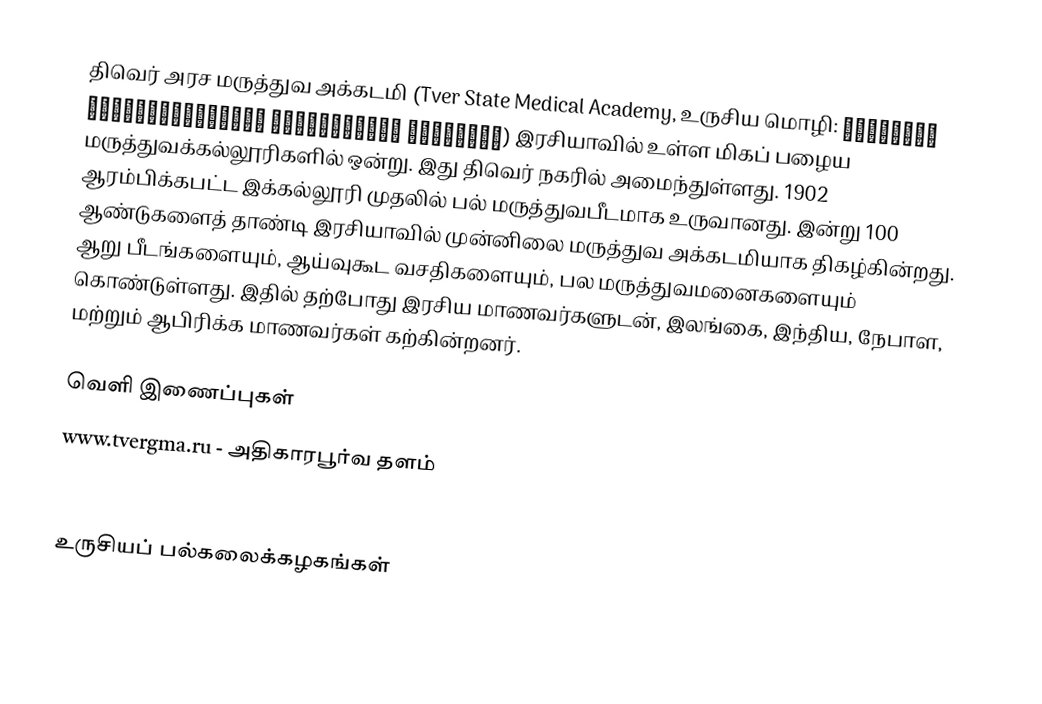
திவெர் அரச மருத்துவ அக்கடமி (Tver State Medical Academy, உருசிய மொழி: Тверская государственная медицинская академия) இரசியாவில் உள்ள மிகப் பழைய மருத்துவக்கல்லூரிகளில் ஒன்று. இது திவெர் நகரில் அமைந்துள்ளது. 1902 ஆரம்பிக்கபட்ட இக்கல்லூரி முதலில் பல் மருத்துவபீடமாக உருவானது. இன்று 100 ஆண்டுகளைத் தாண்டி இரசியாவில் முன்னிலை மருத்துவ அக்கடமியாக திகழ்கின்றது. ஆறு பீடங்களையும், ஆய்வுகூட வசதிகளையும், பல மருத்துவமனைகளையும் கொண்டுள்ளது. இதில் தற்போது இரசிய மாணவர்களுடன், இலங்கை, இந்திய, நேபாள, மற்றும் ஆபிரிக்க மாணவர்கள் கற்கின்றனர்.

வெளி இணைப்புகள்
www.tvergma.ru - அதிகாரபூர்வ தளம்
www.tsmaonline.ru

உருசியப் பல்கலைக்கழகங்கள்